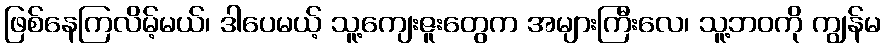
ဖြစ်နေကြလိမ့်မယ်၊ ဒါပေမယ့် သူ့ကျေးဇူးတွေက အများကြီးလေ၊ သူ့ဘဝကို ကျွန်မ